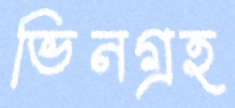
ভিনগ্রহ